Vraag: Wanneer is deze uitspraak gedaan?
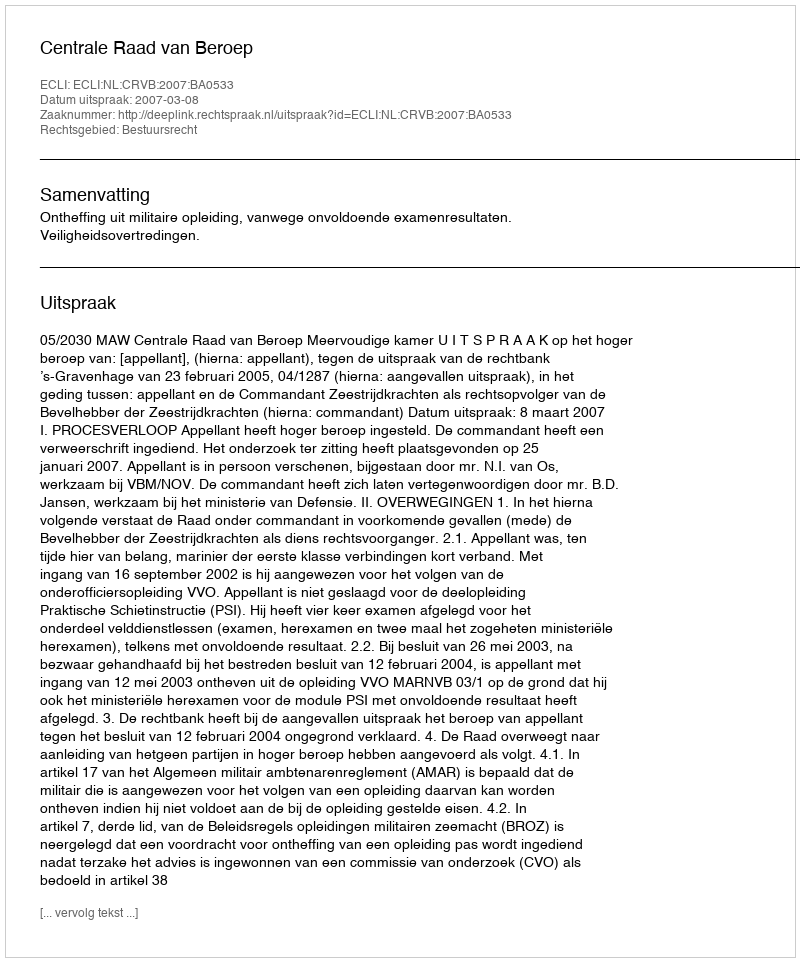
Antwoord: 2007-03-08